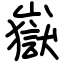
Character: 嶽